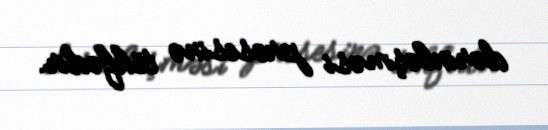
dərinləşməsi prosesinə töhfədir.